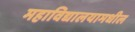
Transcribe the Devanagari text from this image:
महाविद्यालयामधील